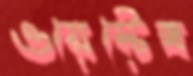
ওয়েস্টেক্স